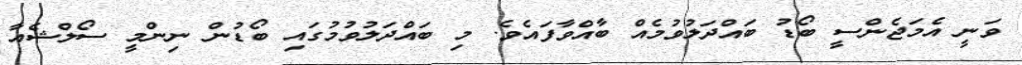
ވަނީ އެމަޖެންސީ ބޯޑު ބައްދަލުވުމެއް ބާއްވާފައެވެ. މި ބައްދަލުވުމުގައި ބޯޑުން ނިންމީ ސޯލްޝެއާ